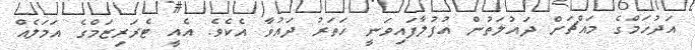
އަދުހަމްގެ މައްޗަށް ދައުލަތުން އުފުލާފައިވަނީ ހަތަރު ދައުވާ އެކެވެ. އެއީ ޓެރަރިޒަމްގެ އަމަލެއް